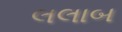
લલાબ